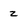
Character: z